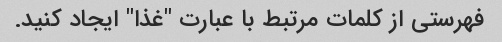
فهرستی از کلمات مرتبط با عبارت "غذا" ایجاد کنید.